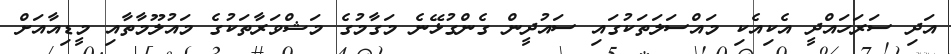
އަދި ސަރަހައްދީ އެކިއެކި މައްސަލަތަކުގައި ސައުދީން ގެންގުޅޭނެ މަގާމުގެ މަޝްވަރާތަކުގެ މައުލޫމާތާއި މީޑިއާއަށް